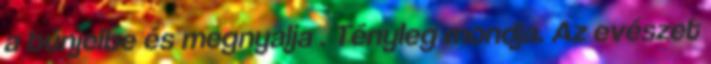
a bűnjelbe és megnyalja . Tényleg mondja. Az evészet